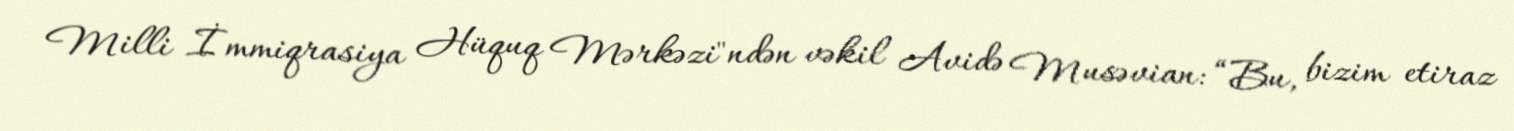
Milli İmmiqrasiya Hüquq Mərkəzi"ndən vəkil Avidə Musəvian: “Bu, bizim etiraz